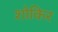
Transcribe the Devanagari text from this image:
शोकिर